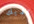
لديك